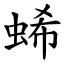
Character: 䖷